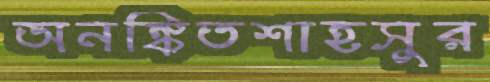
অনঙ্কিতশাহসুর